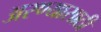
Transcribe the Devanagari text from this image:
अरण्यासाठी